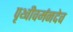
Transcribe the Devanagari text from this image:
पृथ्वीवर्मनदेव